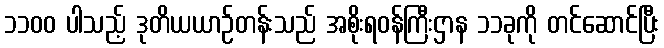
၁၁၀၀ ပါသည့် ဒုတိယယာဉ်တန်းသည် အစိုးရဝန်ကြီးဌာန ၁၁ခုကို တင်ဆောင်ပြီး